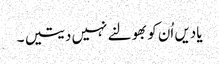
یادیں اُن کو بھولنے نہیں دیتیں ۔